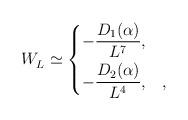
LaTeX: \begin{align*}W_L^{} \simeq \begin{dcases}-\frac{D_1(\alpha)}{L^7}, &\\ -\frac{D_2(\alpha)}{L^4}, &,\end{dcases}\end{align*}